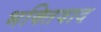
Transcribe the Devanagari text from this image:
भक्तिवाद